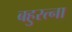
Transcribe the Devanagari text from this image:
बहुरत्ना